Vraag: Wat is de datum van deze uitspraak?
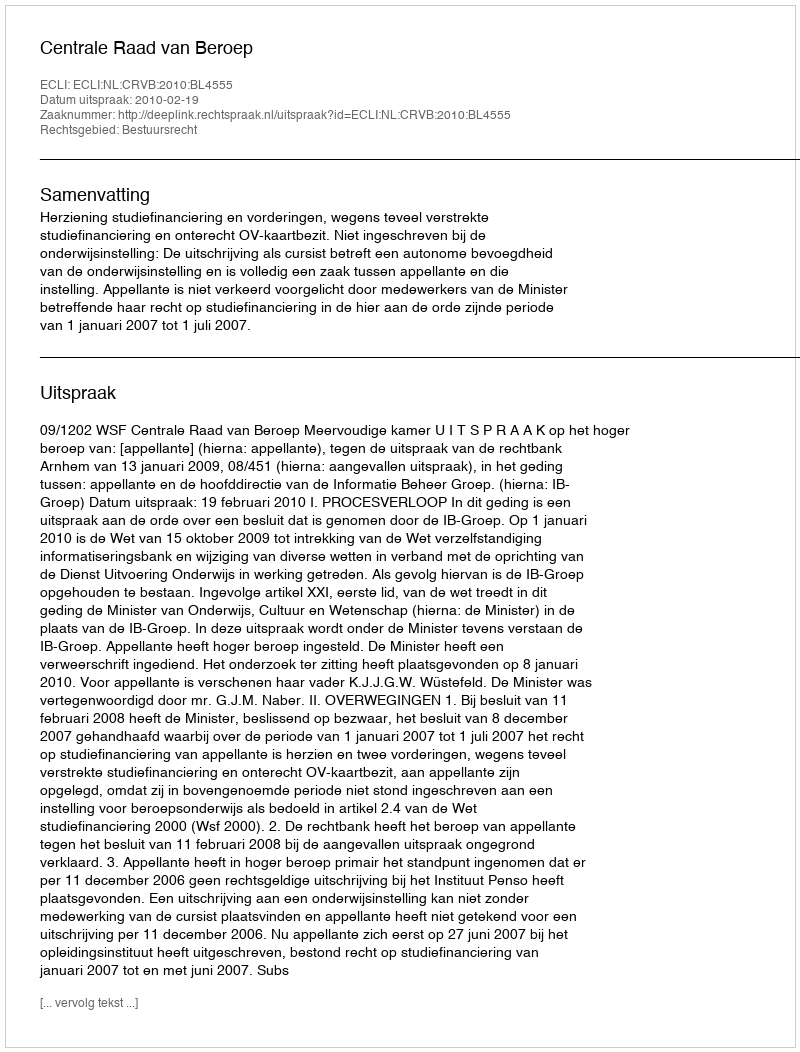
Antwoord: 2010-02-19